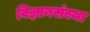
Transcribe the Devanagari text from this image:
विज्ञानसंस्था